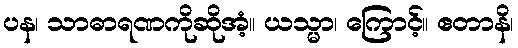
ပန၊ သာဓာရဏကိုဆိုအံ့။ ယသ္မာ၊ ကြောင့်။ ဧတာနိ၊